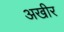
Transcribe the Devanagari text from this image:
अखीर